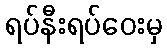
ရပ်နီးရပ်ဝေးမှ